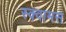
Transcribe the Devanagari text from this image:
स्क्वामस